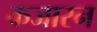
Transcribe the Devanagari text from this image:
कजारन